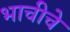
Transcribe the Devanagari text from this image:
भाचीचे